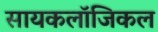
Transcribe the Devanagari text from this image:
सायकलॉजिकल